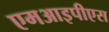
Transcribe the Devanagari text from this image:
एमआइपीएस